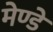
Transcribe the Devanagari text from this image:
मेण्डे